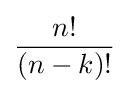
{\frac {n!}{(n-k)!}}